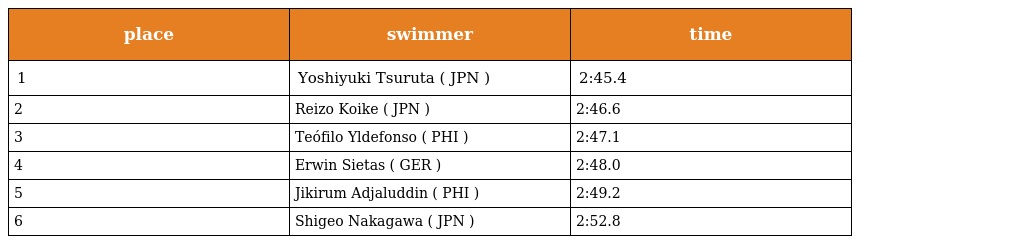
| place | swimmer | time |
 | --- | --- | --- |
 | 1 | Yoshiyuki Tsuruta ( JPN ) | 2:45.4 |
 | 2 | Reizo Koike ( JPN ) | 2:46.6 |
 | 3 | Teófilo Yldefonso ( PHI ) | 2:47.1 |
 | 4 | Erwin Sietas ( GER ) | 2:48.0 |
 | 5 | Jikirum Adjaluddin ( PHI ) | 2:49.2 |
 | 6 | Shigeo Nakagawa ( JPN ) | 2:52.8 |